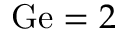
\mathrm { G e } = 2